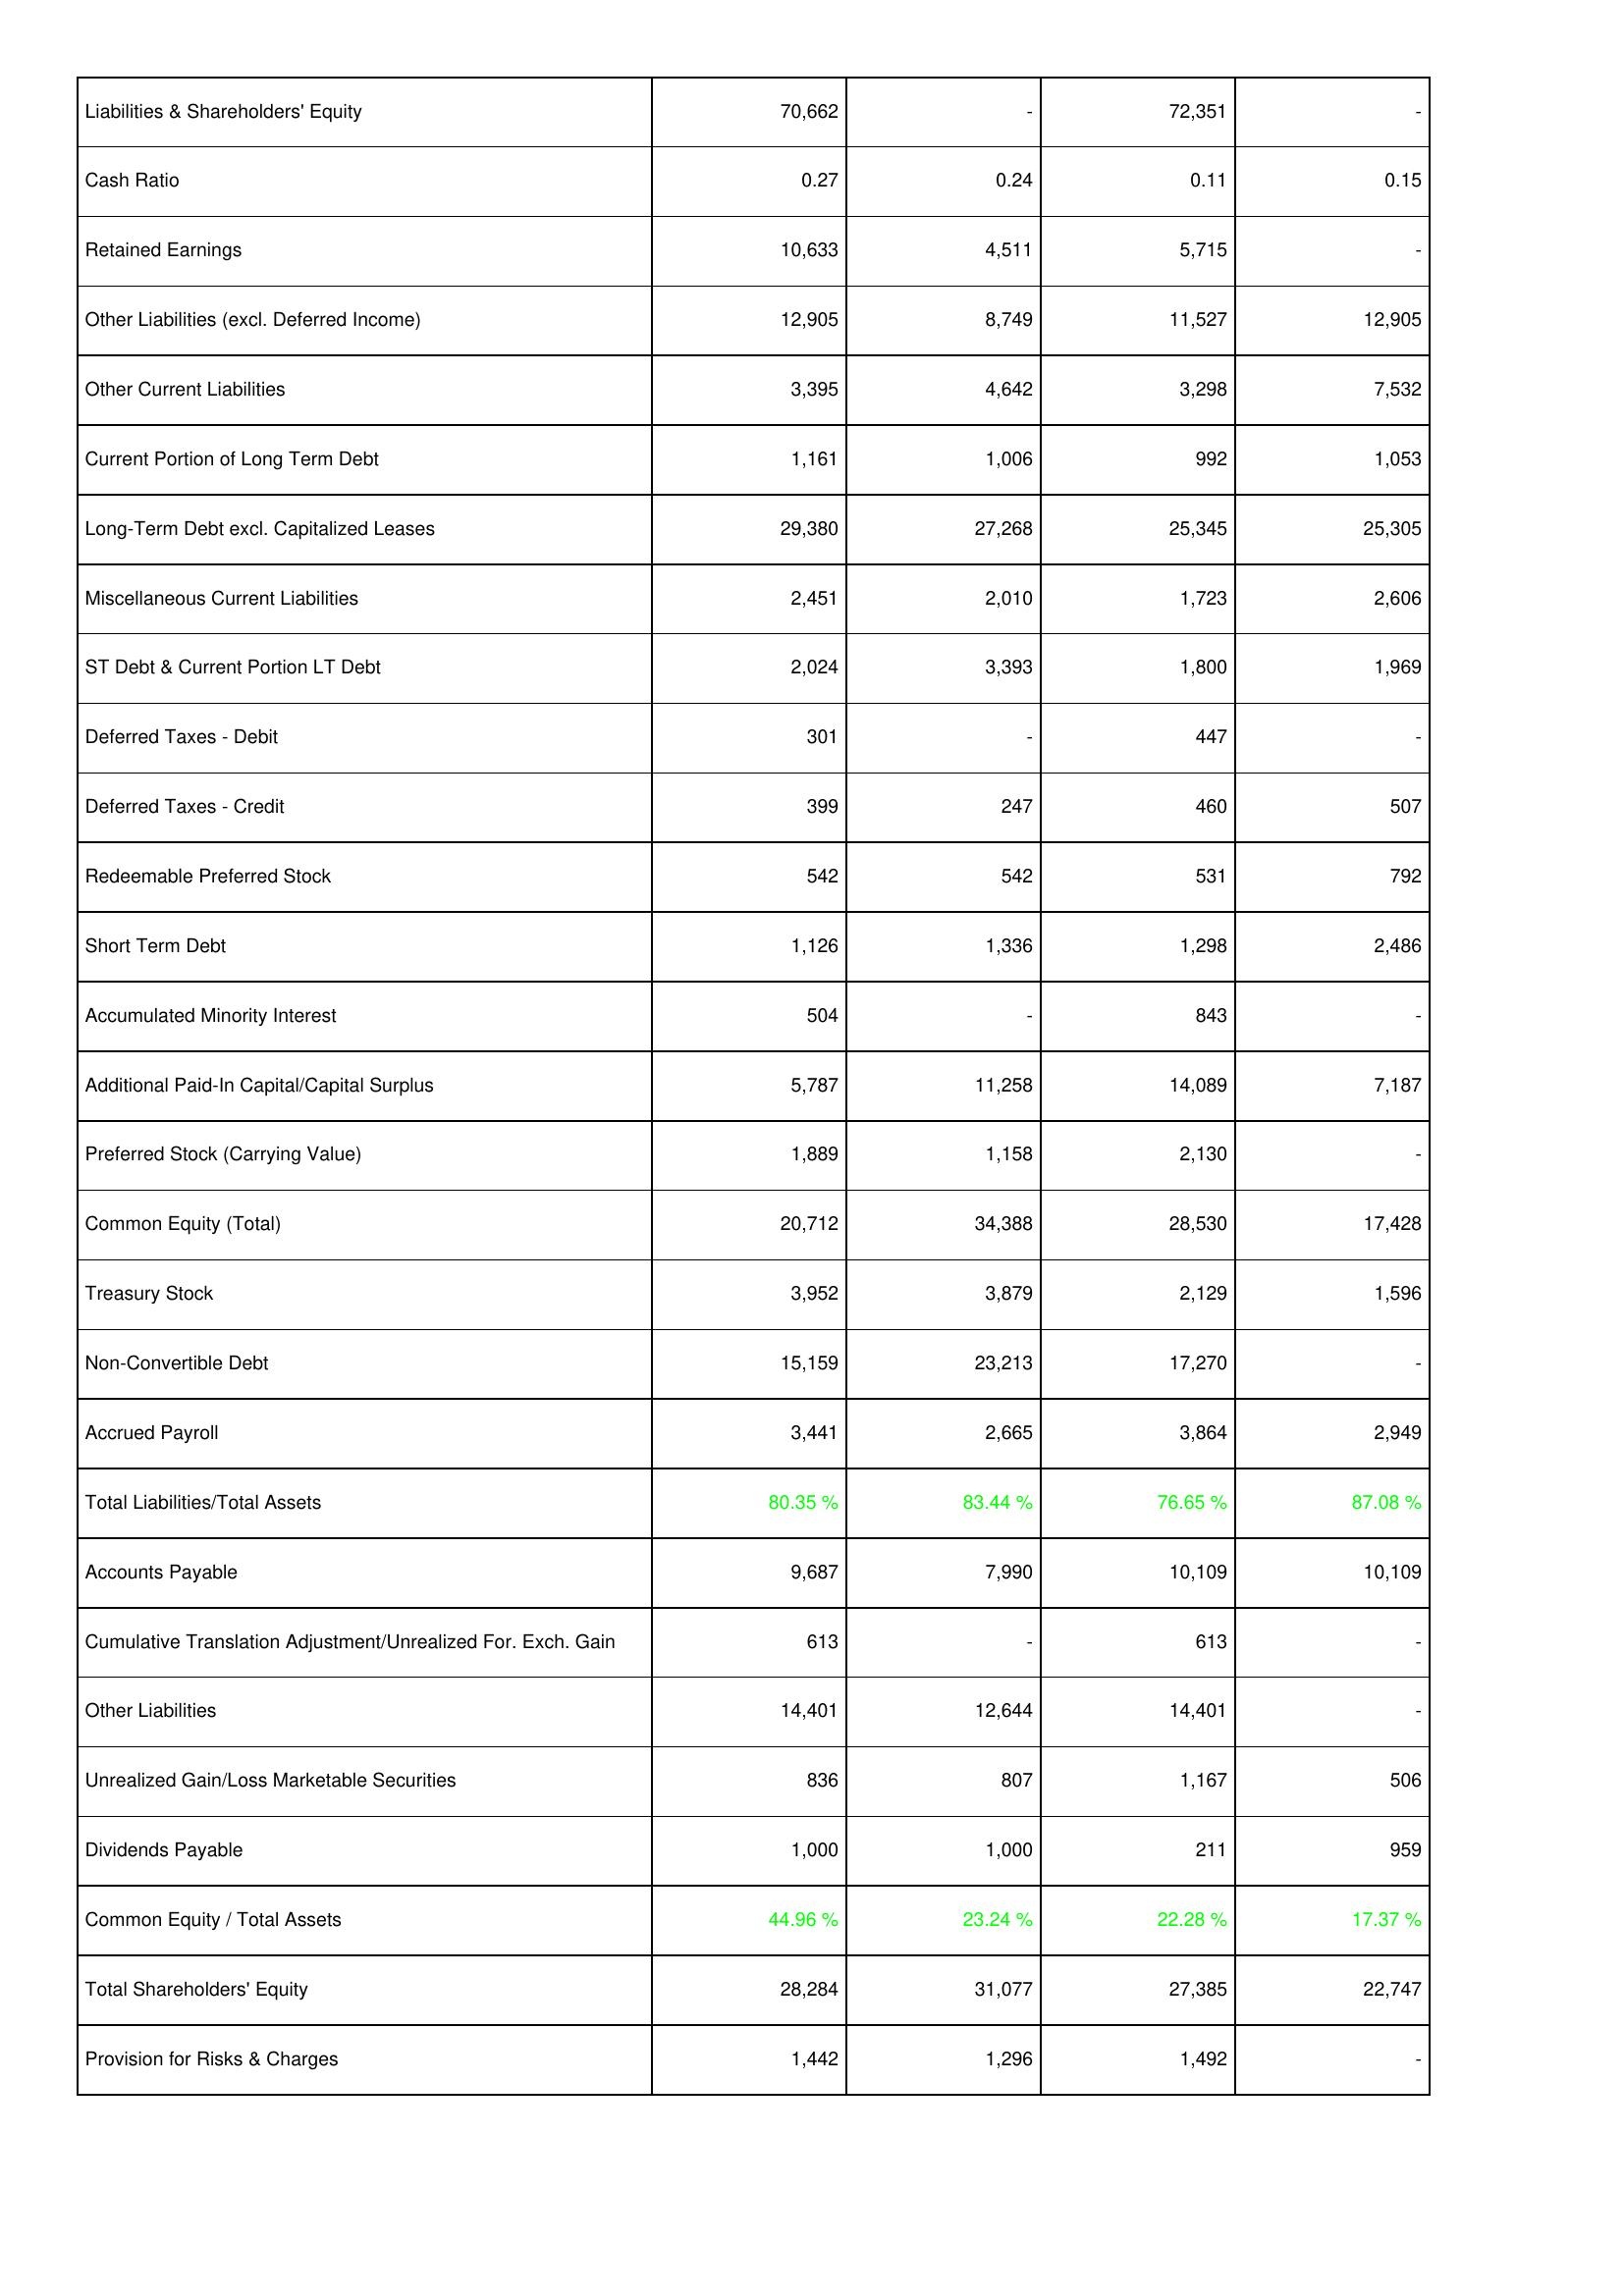
2009: Liabilities & Shareholders' Equity: Liabilities & Shareholders' Equity: 70,662
Cash Ratio: 0.27
Retained Earnings: 10,633
Other Liabilities (excl. Deferred Income): 12,905
Other Current Liabilities: 3,395
Current Portion of Long Term Debt: 1,161
Long-Term Debt excl. Capitalized Leases: 29,380
Miscellaneous Current Liabilities: 2,451
ST Debt & Current Portion LT Debt: 2,024
Deferred Taxes - Debit: 301
Deferred Taxes - Credit: 399
Redeemable Preferred Stock: 542
Short Term Debt: 1,126
Accumulated Minority Interest: 504
Additional Paid-In Capital/Capital Surplus: 5,787
Preferred Stock (Carrying Value): 1,889
Common Equity (Total): 20,712
Treasury Stock: 3,952
Non-Convertible Debt: 15,159
Accrued Payroll: 3,441
Total Liabilities/Total Assets: 80.35 %
Accounts Payable: 9,687
Cumulative Translation Adjustment/Unrealized For. Exch. Gain: 613
Other Liabilities: 14,401
Unrealized Gain/Loss Marketable Securities: 836
Dividends Payable: 1,000
Common Equity / Total Assets: 44.96 %
Total Shareholders' Equity: 28,284
Provision for Risks & Charges: 1,442
2008: Liabilities & Shareholders' Equity: Liabilities & Shareholders' Equity: -
Cash Ratio: 0.24
Retained Earnings: 4,511
Other Liabilities (excl. Deferred Income): 8,749
Other Current Liabilities: 4,642
Current Portion of Long Term Debt: 1,006
Long-Term Debt excl. Capitalized Leases: 27,268
Miscellaneous Current Liabilities: 2,010
ST Debt & Current Portion LT Debt: 3,393
Deferred Taxes - Debit: -
Deferred Taxes - Credit: 247
Redeemable Preferred Stock: 542
Short Term Debt: 1,336
Accumulated Minority Interest: -
Additional Paid-In Capital/Capital Surplus: 11,258
Preferred Stock (Carrying Value): 1,158
Common Equity (Total): 34,388
Treasury Stock: 3,879
Non-Convertible Debt: 23,213
Accrued Payroll: 2,665
Total Liabilities/Total Assets: 83.44 %
Accounts Payable: 7,990
Cumulative Translation Adjustment/Unrealized For. Exch. Gain: -
Other Liabilities: 12,644
Unrealized Gain/Loss Marketable Securities: 807
Dividends Payable: 1,000
Common Equity / Total Assets: 23.24 %
Total Shareholders' Equity: 31,077
Provision for Risks & Charges: 1,296
2007: Liabilities & Shareholders' Equity: Liabilities & Shareholders' Equity: 72,351
Cash Ratio: 0.11
Retained Earnings: 5,715
Other Liabilities (excl. Deferred Income): 11,527
Other Current Liabilities: 3,298
Current Portion of Long Term Debt: 992
Long-Term Debt excl. Capitalized Leases: 25,345
Miscellaneous Current Liabilities: 1,723
ST Debt & Current Portion LT Debt: 1,800
Deferred Taxes - Debit: 447
Deferred Taxes - Credit: 460
Redeemable Preferred Stock: 531
Short Term Debt: 1,298
Accumulated Minority Interest: 843
Additional Paid-In Capital/Capital Surplus: 14,089
Preferred Stock (Carrying Value): 2,130
Common Equity (Total): 28,530
Treasury Stock: 2,129
Non-Convertible Debt: 17,270
Accrued Payroll: 3,864
Total Liabilities/Total Assets: 76.65 %
Accounts Payable: 10,109
Cumulative Translation Adjustment/Unrealized For. Exch. Gain: 613
Other Liabilities: 14,401
Unrealized Gain/Loss Marketable Securities: 1,167
Dividends Payable: 211
Common Equity / Total Assets: 22.28 %
Total Shareholders' Equity: 27,385
Provision for Risks & Charges: 1,492
2006: Liabilities & Shareholders' Equity: Liabilities & Shareholders' Equity: -
Cash Ratio: 0.15
Retained Earnings: -
Other Liabilities (excl. Deferred Income): 12,905
Other Current Liabilities: 7,532
Current Portion of Long Term Debt: 1,053
Long-Term Debt excl. Capitalized Leases: 25,305
Miscellaneous Current Liabilities: 2,606
ST Debt & Current Portion LT Debt: 1,969
Deferred Taxes - Debit: -
Deferred Taxes - Credit: 507
Redeemable Preferred Stock: 792
Short Term Debt: 2,486
Accumulated Minority Interest: -
Additional Paid-In Capital/Capital Surplus: 7,187
Preferred Stock (Carrying Value): -
Common Equity (Total): 17,428
Treasury Stock: 1,596
Non-Convertible Debt: -
Accrued Payroll: 2,949
Total Liabilities/Total Assets: 87.08 %
Accounts Payable: 10,109
Cumulative Translation Adjustment/Unrealized For. Exch. Gain: -
Other Liabilities: -
Unrealized Gain/Loss Marketable Securities: 506
Dividends Payable: 959
Common Equity / Total Assets: 17.37 %
Total Shareholders' Equity: 22,747
Provision for Risks & Charges: -